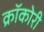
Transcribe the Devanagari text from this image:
क्रॉकोरी